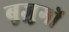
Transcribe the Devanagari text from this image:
बुज़ुगों